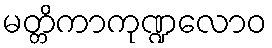
မတ္တိကာကုဏ္ဍလောဝ